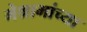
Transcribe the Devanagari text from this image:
मेश्रामांच्या